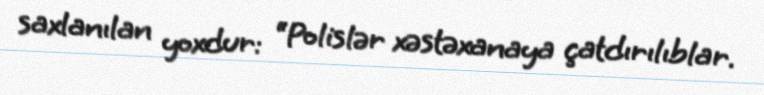
saxlanılan yoxdur: “Polislər xəstəxanaya çatdırılıblar.